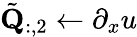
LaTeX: \tilde{\mathbf{Q}}_{:,2}\gets\partial_{x}u